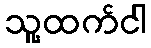
သူ့ထက်ငါ